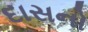
દાસનો